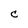
Character: C